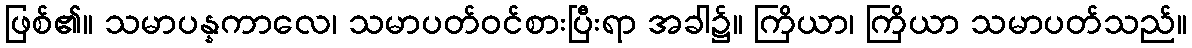
ဖြစ်၏။ သမာပန္နကာလေ၊ သမာပတ်ဝင်စားပြီးရာ အခါ၌။ ကြိယာ၊ ကြိယာ သမာပတ်သည်။